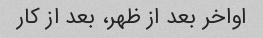
اواخر بعد از ظهر، بعد از کار